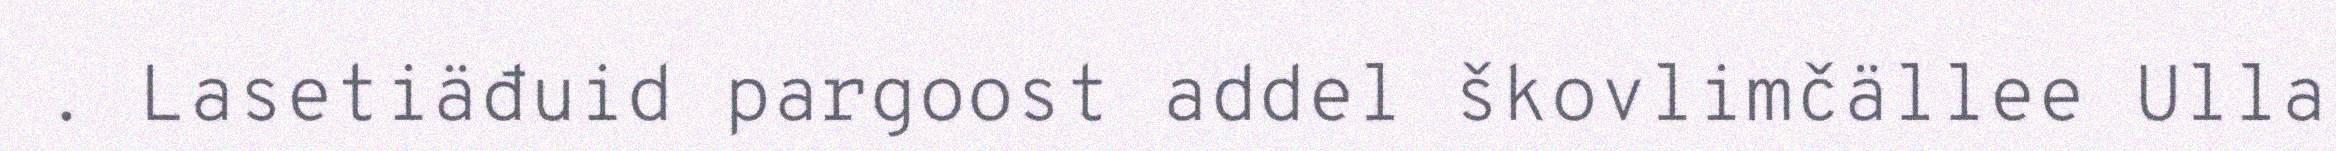
. Lasetiäđuid pargoost addel škovlimčällee Ulla